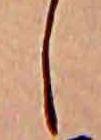
し